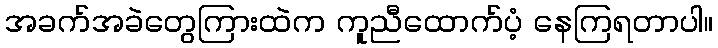
အခက်အခဲတွေကြားထဲက ကူညီထောက်ပံ့ နေကြရတာပါ။